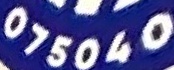
075040